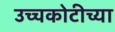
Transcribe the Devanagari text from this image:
उच्चकोटीच्या